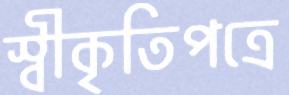
স্বীকৃতিপত্রে